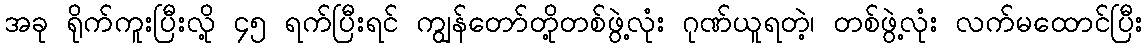
အခု ရိုက်ကူးပြီးလို့ ၄၅ ရက်ပြီးရင် ကျွန်တော်တို့တစ်ဖွဲ့လုံး ဂုဏ်ယူရတဲ့၊ တစ်ဖွဲ့လုံး လက်မထောင်ပြီး